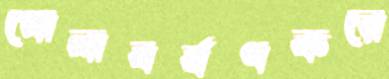
গোলাবর্ষণকরে